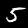
Label: 5